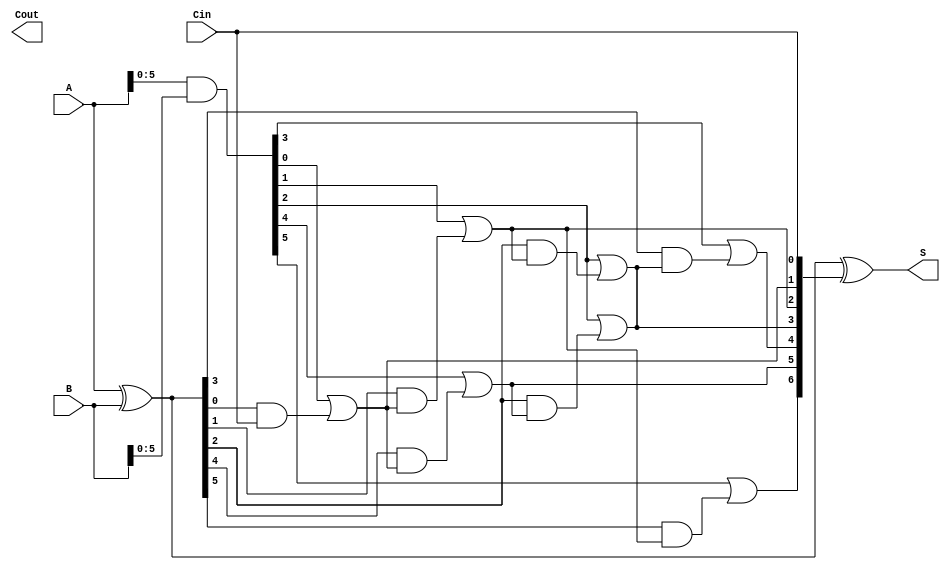
module BrentKungAdder #(
    parameter N = 8 // Parameter for bit-width, can be changed as needed
) (
    input  [N-1:0] A,       // First n-bit input
    input  [N-1:0] B,       // Second n-bit input
    input         Cin,       // Carry input
    output [N-1:0] S,       // Sum output
    output        Cout       // Carry output
);

    // Generate and propagate signals
    wire [N-1:0] G; // Generate signals
    wire [N-1:0] P; // Propagate signals
    wire [N:0] C;    // Carry signals

    // Generate and propagate computation
    assign G = A & B;        // Generate signal: G[i] = A[i] & B[i]
    assign P = A ^ B;        // Propagate signal: P[i] = A[i] ^ B[i]

    // Carry signals initialization
    assign C[0] = Cin;       // Initial carry input
    
    // Level 1 Carry Computation
    genvar i;
    generate
        for (i = 0; i < N/2; i = i + 1) begin : level1
            assign C[i+1] = G[i] | (P[i] & C[i]);
        end
    endgenerate

    // Level 2 Carry Computation
    generate
        for (i = 0; i < N/4; i = i + 1) begin : level2
            assign C[i+N/2+1] = G[i+N/2] | (P[i+N/2] & C[i+1]);
        end
    endgenerate

    // Level 3 Carry Computation
    generate
        for (i = 0; i < N/8; i = i + 1) begin : level3
            assign C[i+N/4+1] = G[i+N/4] | (P[i+N/4] & C[i+N/2+1]);
        end
    endgenerate

    // Final Carry Output
    assign Cout = C[N];

    // Sum Calculation
    assign S = P ^ C[N-1:0]; // S[i] = P[i] ^ C[i]

endmodule